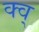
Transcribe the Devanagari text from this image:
क्व्